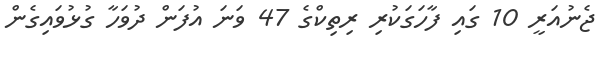
ޖެނުއަރީ 10 ގައި ފާހަގަކުރި ރިތިކްގެ 47 ވަނަ އުފަން ދުވަހާ ގުޅުވައިގެން